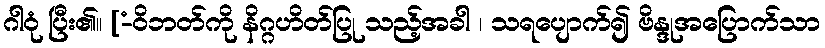
ဂါဝုံ ပြီး၏။ [-ံဝိဘတ်ကို နိဂ္ဂဟိတ်ပြု သည့်အခါ ၊ သရပျောက်၍ ဗိန္ဒုအပြောက်သာ